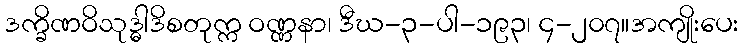
ဒက္ခိဏဝိသုဒ္ဓါဒိစတုက္က ဝဏ္ဏနာ၊ ဒီဃ-၃-ပါ-၁၉၃၊ ၄-၂၀၇။အကျိုးပေး